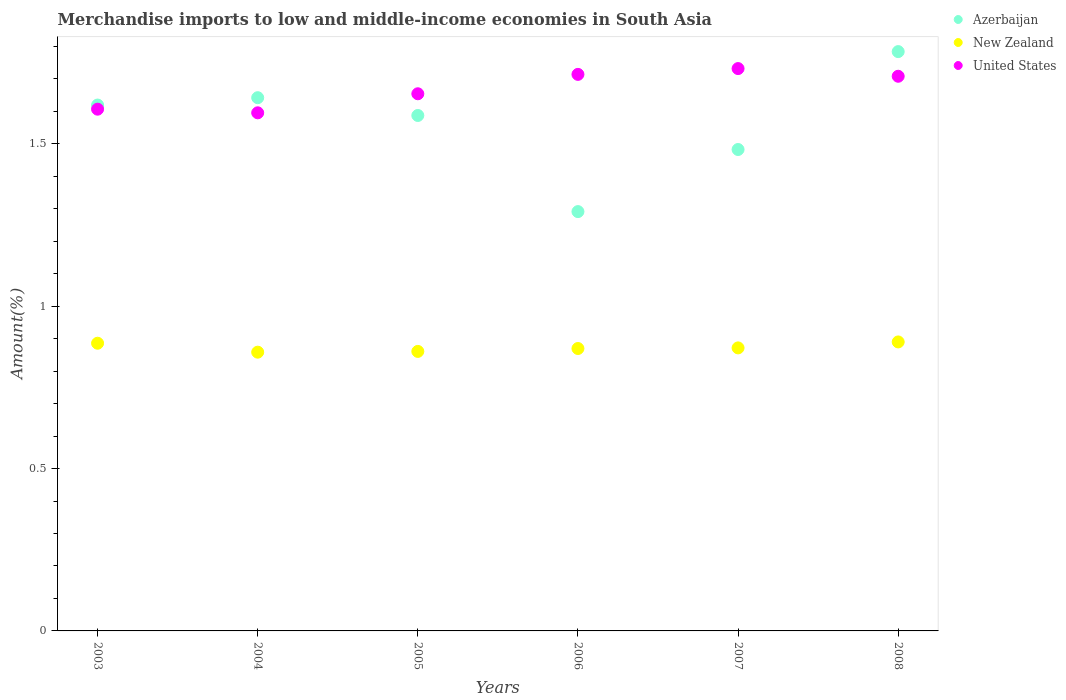
| Years | Azerbaijan | New Zealand | United States |
 | --- | --- | --- | --- |
 | 2003 | 1.62 | 0.886 | 1.61 |
 | 2004 | 1.64 | 0.858 | 1.6 |
 | 2005 | 1.59 | 0.861 | 1.65 |
 | 2006 | 1.29 | 0.87 | 1.71 |
 | 2007 | 1.48 | 0.872 | 1.73 |
 | 2008 | 1.78 | 0.89 | 1.71 |